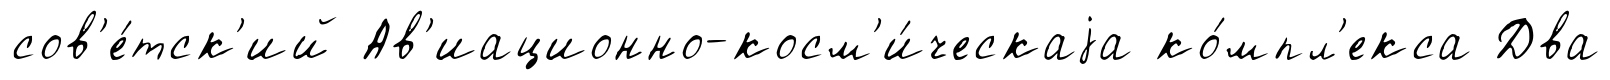
сов'е́тск'ий Ав'иационно-косм'и́ческаjа ко́мпл'екса Два